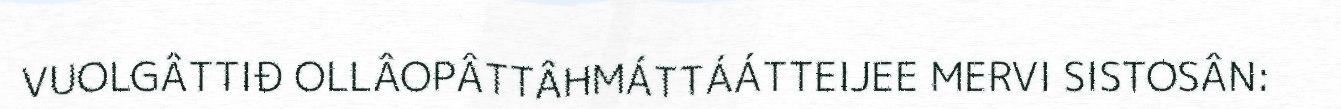
VUOLGÂTTIĐ OLLÂOPÂTTÂHMÁTTÁÁTTEIJEE MERVI SISTOSÂN: